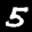
Label: 5